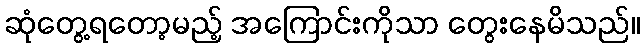
ဆုံတွေ့ရတော့မည့် အကြောင်းကိုသာ တွေးနေမိသည်။